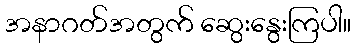
အနာဂတ်အတွက် ဆွေးနွေးကြပါ။